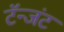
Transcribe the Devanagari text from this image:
टॅन्जंट